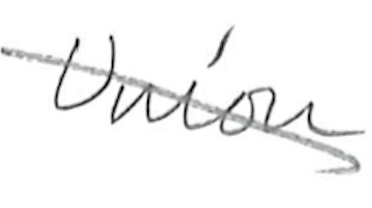
Text: Union
Cross-out: mix
Writing tool: pencil